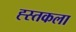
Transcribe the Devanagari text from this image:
ह्स्तकला